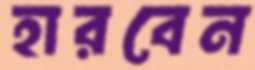
হারবেন